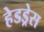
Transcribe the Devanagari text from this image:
हेडड्रेस